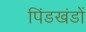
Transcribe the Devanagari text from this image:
पिंडखंडों